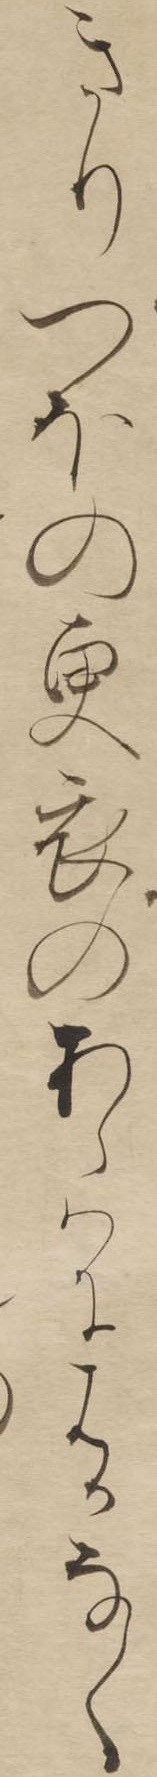
きりつほの更衣のあらはにはかなく